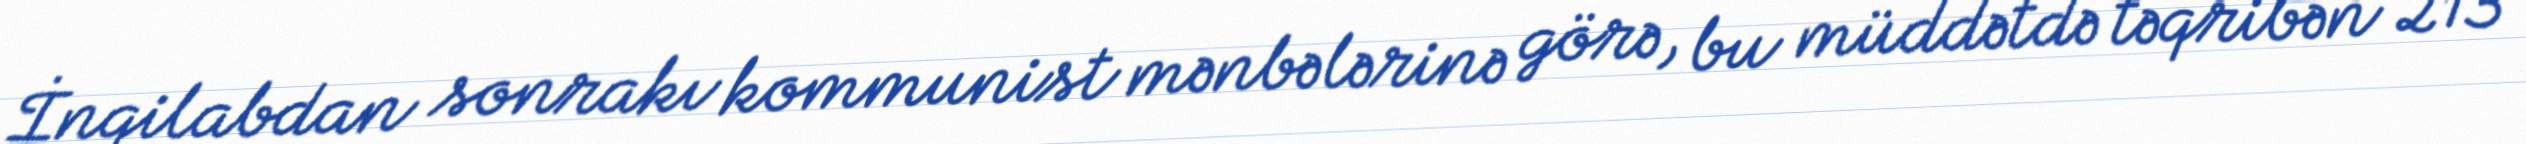
İnqilabdan sonrakı kommunist mənbələrinə görə, bu müddətdə təqribən 213